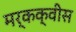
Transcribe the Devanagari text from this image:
मर्कक्वीस